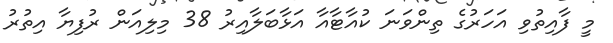
މީ ފާއިތުވި އަހަރުގެ ތިންވަނަ ކުއާޓާއާ އަޅާބަލާއިރު 38 މިލިއަން ރުފިޔާ އިތުރު